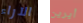
الآراء أيرين